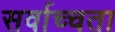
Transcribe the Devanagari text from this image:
सर्वाच्चता